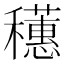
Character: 𬔄